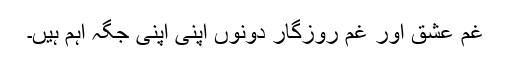
غم عشق اور غم روزگار دونوں اپنی اپنی جگہ اہم ہیں۔